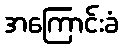
အကြောင်းခံ